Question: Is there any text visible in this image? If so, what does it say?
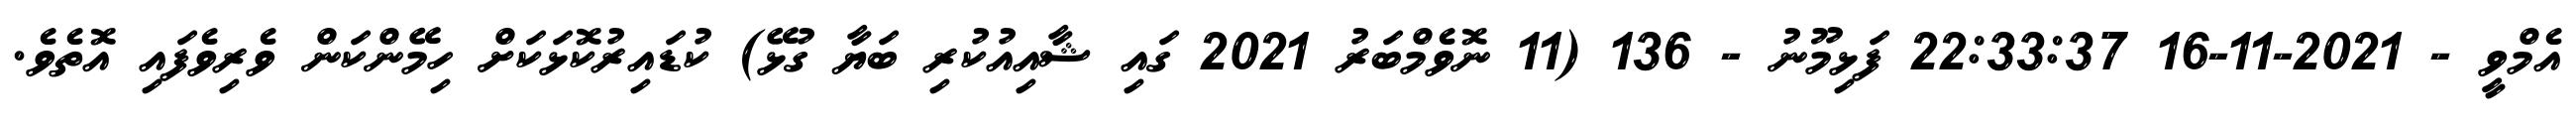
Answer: އެމްވީ - 2021-11-16 22:33:37 ފަޅިމޫނު - 136 (11 ނޮވެމްބަރު 2021 ގައި ޝާއިއުކުރި ބަޔާ ގުޅޭ) ކުޑައިރުކޮޅަކަށް ހިމޭންކަން ވެރިވެފައި އޮތެވެ.